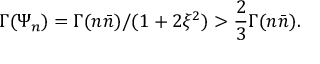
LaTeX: \Gamma ( \Psi _ { n } ) = \Gamma ( n \bar { n } ) / ( 1 + 2 \xi ^ { 2 } ) > \frac { 2 } { 3 } \Gamma ( n \bar { n } ) .